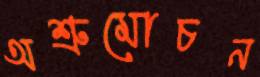
অশ্রুমোচন